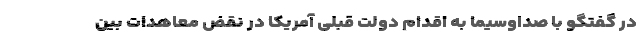
در گفتگو با صداوسیما به اقدام دولت قبلی آمریکا در نقض معاهدات بین